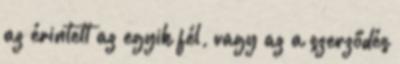
az érintett az egyik fél, vagy az a szerződés